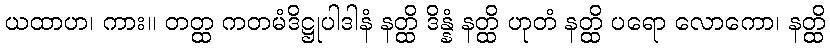
ယထာဟ၊ ကား။ တတ္ထ ကတမံဒိဋ္ဌုပါဒါနံ နတ္ထိ ဒိန္နံ နတ္ထိ ဟုတံ နတ္ထိ ပရော လောကော၊ နတ္ထိ